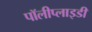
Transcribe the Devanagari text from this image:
पॉलीप्लाइडी